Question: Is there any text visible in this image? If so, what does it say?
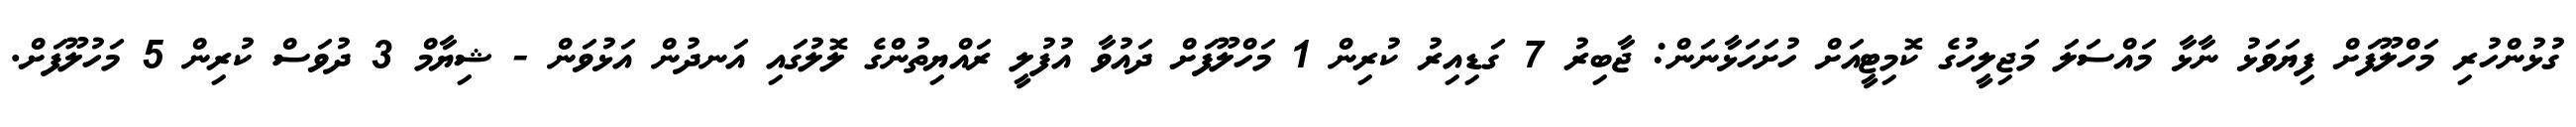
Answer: ގުޅުންހުރި މަހްލޫފަށް ފިޔަވަޅު ނާޅާ މައްސަލަ މަޖިލީހުގެ ކޮމިޓީއަށް ހުށަހަޅާނަން: ޖާބިރު 7 ގަޑިއިރު ކުރިން 1 މަހްލޫފަށް ދައުވާ އުފުލީ ރައްޔިތުންގެ ލޮލުގައި އަނދުން އަޅުވަން - ޝިޔާމް 3 ދުވަސް ކުރިން 5 މަހުލޫފަށް.